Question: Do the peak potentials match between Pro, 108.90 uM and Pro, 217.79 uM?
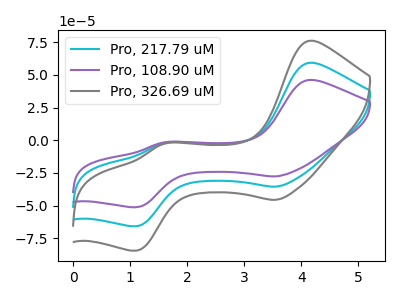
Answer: <think>The cyan curve "Pro, 217.79 uM" has anodic peaks at (4.15V, 59.15uA) (1.60V, -2.20uA) and cathodic peaks at (3.55V, -35.40uA) (1.10V, -65.65uA). The purple curve "Pro, 108.90 uM" has anodic peaks at (4.15V, 46.05uA) (1.60V, -1.70uA) and cathodic peaks at (3.55V, -27.55uA) (1.10V, -51.10uA). The gray curve "Pro, 326.69 uM" has anodic peaks at (4.15V, 118.25uA) (1.60V, -4.40uA) and cathodic peaks at (3.55V, -70.80uA) (1.10V, -131.30uA).</think>
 <answer>Yes, "Pro, 108.90 uM" have a peak in "Pro, 217.79 uM" at the same potential.</answer>
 <eval>match</eval>